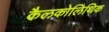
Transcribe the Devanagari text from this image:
कैलकोलिथिक